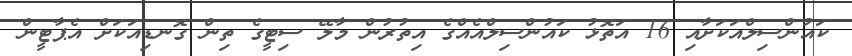
ކައުންސިލްއަކަށާއި 16 އަތޮޅު ކައުންސިލްއެއްގެ އިތުރުން މާލޭ ސިޓީގެ ތިން ގޮނޑިއަކަށް އެޕާޓީން